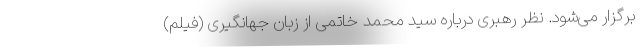
برگزار می‌شود. نظر رهبری درباره سید محمد خاتمی از زبان جهانگیری (فیلم)